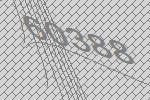
60388